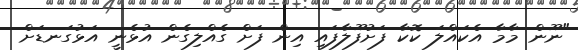
"ނޫން މާމާ އެކައްލަ ކޮކާ ފަށުފޫލާފައި އިން ފަށް ގެއްލިގެން އުޅެނީ އަޅުގަނޑަށް